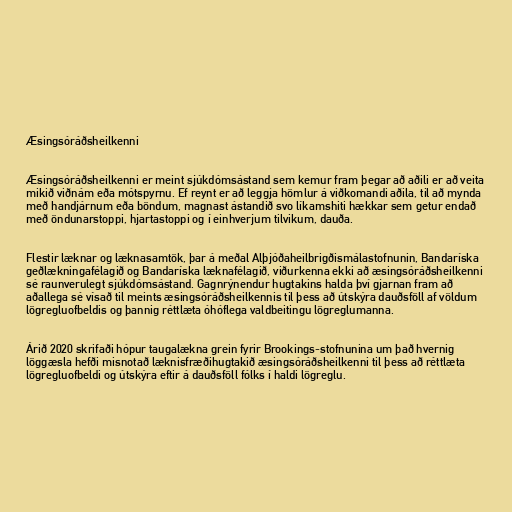
Æsingsóráðsheilkenni

Æsingsóráðsheilkenni er meint sjúkdómsástand sem kemur fram þegar að aðili er að veita
mikið viðnám eða mótspyrnu. Ef reynt er að leggja hömlur á viðkomandi aðila, til að mynda
með handjárnum eða böndum, magnast ástandið svo líkamshiti hækkar sem getur endað
með öndunarstoppi, hjartastoppi og í einhverjum tilvikum, dauða.

Flestir læknar og læknasamtök, þar á meðal Alþjóðaheilbrigðismálastofnunin, Bandaríska
geðlækningafélagið og Bandaríska læknafélagið, viðurkenna ekki að æsingsóráðsheilkenni
sé raunverulegt sjúkdómsástand. Gagnrýnendur hugtakins halda því gjarnan fram að
aðallega sé vísað til meints æsingsóráðsheilkennis til þess að útskýra dauðsföll af völdum
lögregluofbeldis og þannig réttlæta óhóflega valdbeitingu lögreglumanna.

Árið 2020 skrifaði hópur taugalækna grein fyrir Brookings-stofnunina um það hvernig
löggæsla hefði misnotað læknisfræðihugtakið æsingsóráðsheilkenni til þess að réttlæta
lögregluofbeldi og útskýra eftir á dauðsföll fólks í haldi lögreglu.